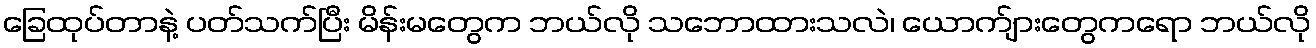
ခြေထုပ်တာနဲ့ ပတ်သက်ပြီး မိန်းမတွေက ဘယ်လို သဘောထားသလဲ၊ ယောက်ျားတွေကရော ဘယ်လို